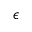
\epsilon